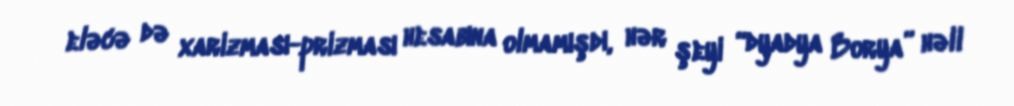
eləcə də xarizması-prizması hesabına olmamışdı, hər şeyi “dyadya Borya” həll